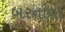
બરનાવા